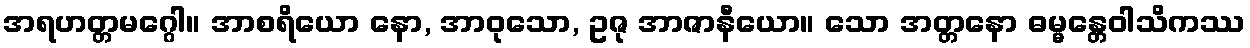
အရဟတ္တမဂ္ဂေါ။ အာစရိယော နော, အာဝုသော, ဥဇု အာဇာနီယော။ သော အတ္တနော ဓမ္မန္တေဝါသိကဿ